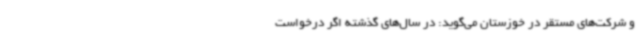
و شرکت‌های مستقر در خوزستان می‌گوید: در سال‌های گذشته اگر درخواست